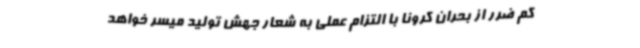
کم ضرر از بحران کرونا با التزام عملی به شعار جهش تولید میسر خواهد